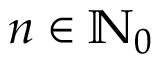
n \in \mathbb { N } _ { 0 }